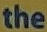
the